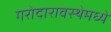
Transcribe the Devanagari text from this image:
गरोदारावस्थेमध्ये